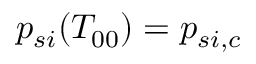
p _ { s i } ( T _ { 0 0 } ) = p _ { s i , c }